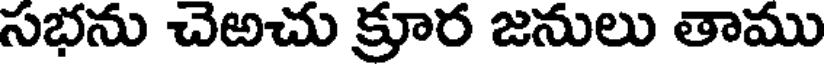
సభను చెఱచు క్రూర జనులు తాము